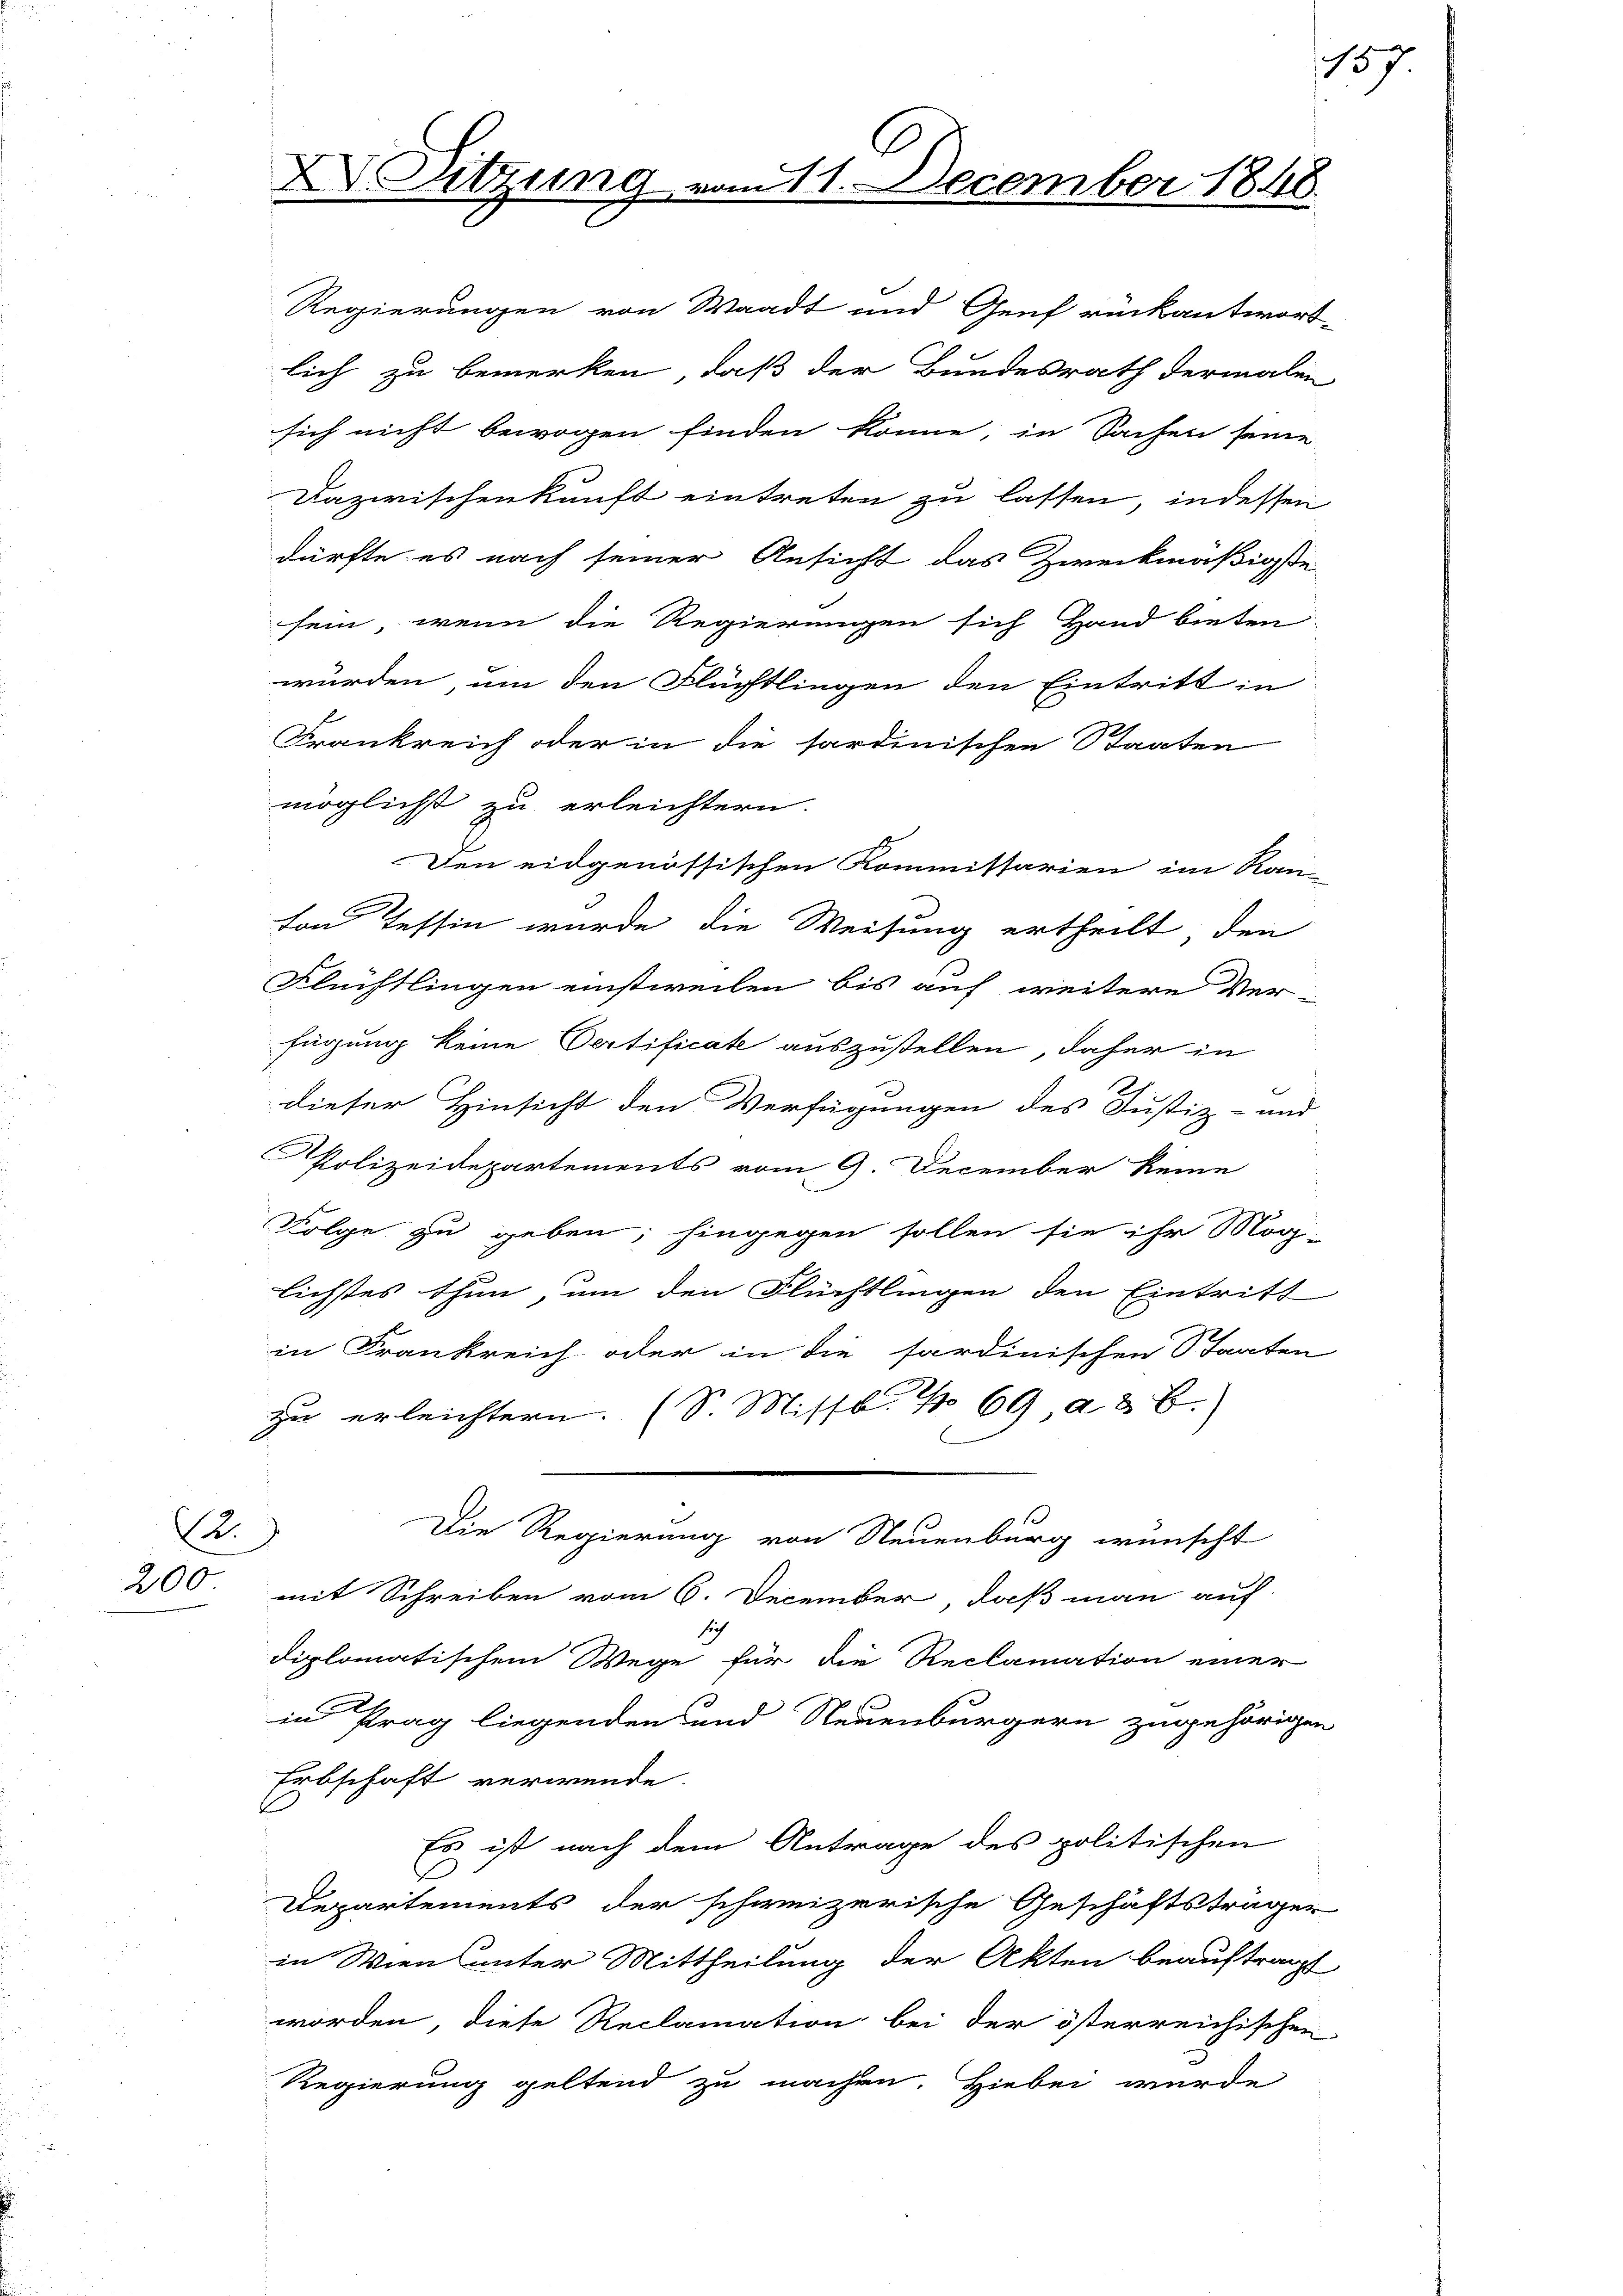
2.
200

würden, um den Flüchtlingen den Eintritt in
Frankreich oder in die sardinischen Staaten
möglichst zu erleichtern.
Den eidgenössischen Kommissarien im Kan-
von Tessin wurde die Weisung ertheilt, den
Flüchtlingen einstweilen bis auf weitere Ver-
fügung keine Oertificate auszustellen, daher in
dieser Hinsicht den Verfügungen des Justiz- und
Polizeidepartements vom 9. December keine
Folge zu geben; hingegen sollen sie ihr Mög-
lichstes thun, um den Flüchtlingen den Eintritt
in Frankreich oder in die sardinischen Staaten
zu erleichtern. (S. Missb. No 69 ad b.
Die Regierung von Neuenburg wünscht
mit Schreiben vom 6. December, daß man auf
sich
diplomatischem Wege für die Reclamation einer
in Prag liegenden und Neuenburgern zugehörigen
Erbschaft verwende.
Es ist nach dem Antrage des politischen
Departements der schweizerische Geschäftsträger
in Wiens unter Mittheilung der Akten beauftragt
worden, diese Reclamation bei der österreichischen
Regierung geltend zu machen. Hiebei wurde

XV. Sitzung

Regierungen von Waadt und Genf rückantwort
lich zu bemerken, daß der Bundesrath dermalen
sich nicht bewogen finden könne, in Sachen seine
Dazwischenkunft eintreten zu lassen, indessen
dürfte es nach seiner Ansicht das Zweckmäßigste
sein, wenn die Regierungen sich Hand bieten

11. December 1848.

157